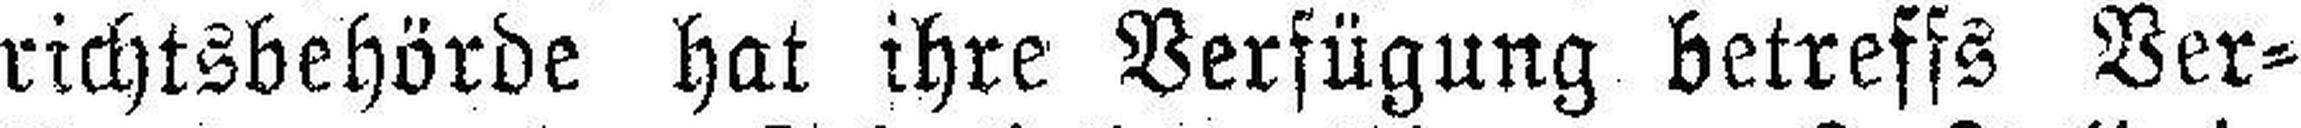
richtsbehörde hat ihre Verfügung betreffs Ver¬